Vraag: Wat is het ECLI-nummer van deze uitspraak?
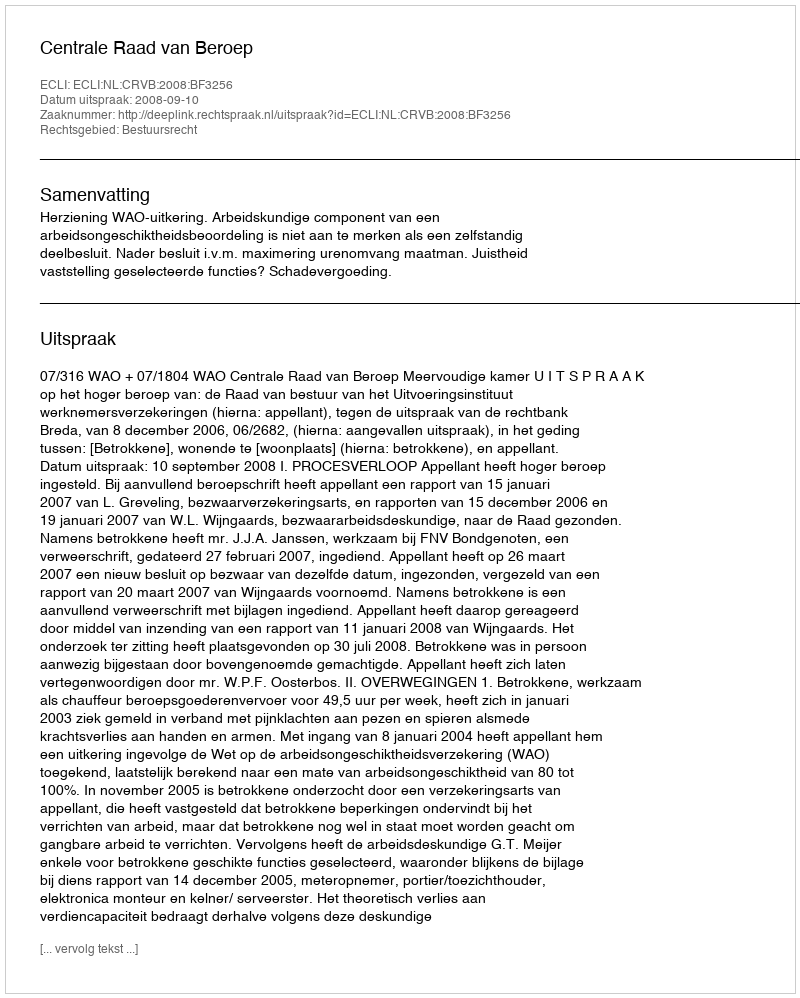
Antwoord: ECLI:NL:CRVB:2008:BF3256